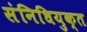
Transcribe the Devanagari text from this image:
संनिधियुक्त